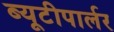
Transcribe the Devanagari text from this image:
ब्यूटीपार्लर